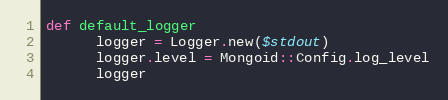
Language: Ruby
def default_logger
      logger = Logger.new($stdout)
      logger.level = Mongoid::Config.log_level
      logger